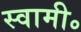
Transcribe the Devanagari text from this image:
स्वामी॰